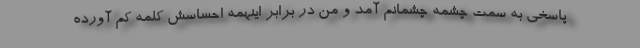
پاسخی به سمت چشمه چشمانم آمد و من در برابر اینهمه احساسش کلمه کم آورده